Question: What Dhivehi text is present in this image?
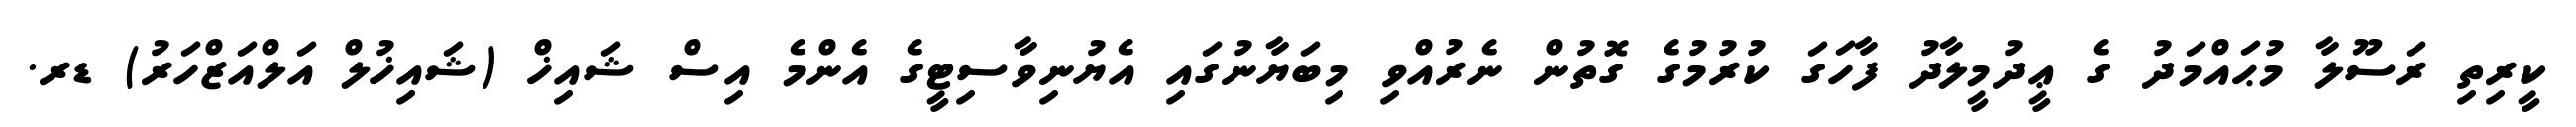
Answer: ކީރިތި ރަސޫލާ މުޙައްމަދު ގެ ޢީދުމީލާދު ފާހަގަ ކުރުމުގެ ގޮތުން ނެރުއްވި މިބަޔާނުގައި އެޔުނިވާސިޓީގެ އެންމެ އިސް ޝައިޚް (ޝައިޚުލް އަލްއަޒްހަރު) ޑރ.